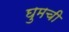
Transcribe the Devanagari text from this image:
घुमची